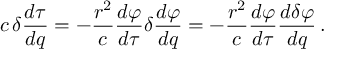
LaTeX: c \, \delta { \frac { d \tau } { d q } } = - { \frac { r ^ { 2 } } { c } } { \frac { d \varphi } { d \tau } } \delta { \frac { d \varphi } { d q } } = - { \frac { r ^ { 2 } } { c } } { \frac { d \varphi } { d \tau } } { \frac { d \delta \varphi } { d q } } \, .